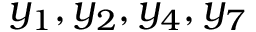
y _ { 1 } , y _ { 2 } , y _ { 4 } , y _ { 7 }